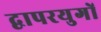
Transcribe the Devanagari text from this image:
द्वापरयुगों